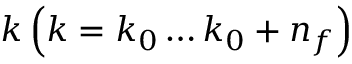
k \left( k = k _ { 0 } \ldots k _ { 0 } + n _ { f } \right)